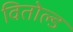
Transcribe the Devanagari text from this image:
वितोल्ड